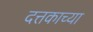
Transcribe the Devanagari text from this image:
दत्तकाच्या